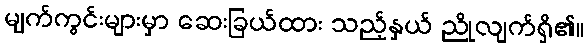
မျက်ကွင်းများမှာ ဆေးခြယ်ထား သည့်နှယ် ညိုလျက်ရှိ၏။